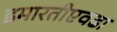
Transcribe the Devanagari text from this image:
इमारतीएवढा